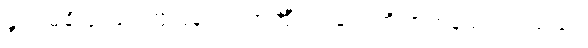
နွယ် မချိပြုံးဖြင့် တုံ့ပြန်ရင်း အင်္ကျီ၊ လုံချည်ကို အတန်သပ်ရပ်သည်။